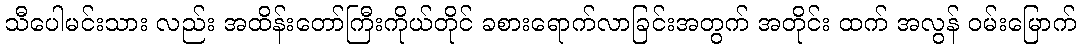
သီပေါမင်းသား လည်း အထိန်းတော်ကြီးကိုယ်တိုင် ခစားရောက်လာခြင်းအတွက် အတိုင်း ထက် အလွန် ဝမ်းမြောက်